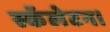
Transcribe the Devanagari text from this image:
स्कॅलेटन।